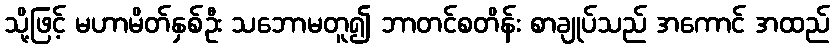
သို့ဖြင့် မဟာမိတ်နှစ်ဦး သဘောမတူ၍ ဘာတင်စတိန်း စာချုပ်သည် အကောင် အထည်